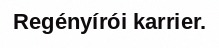
Regényírói karrier.